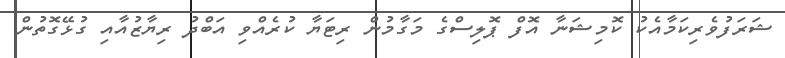
ޝަރަފުވެރިކަމާއެކު ކޮމިޝަނާ އޮފް ޕޮލިސްގެ މަގާމުން ރިޓަޔާ ކުރެއްވި އަބްދު ރިޔާޒުއާއި ގުޅޭގޮތުން